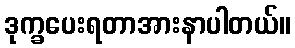
ဒုက္ခပေးရတာအားနာပါတယ်။